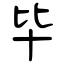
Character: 毕